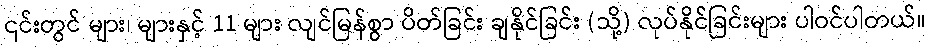
၎င်းတွင် များ၊ များနှင့် 11 များ လျင်မြန်စွာ ပိတ်ခြင်း ချနိုင်ခြင်း (သို့) လုပ်နိုင်ခြင်းများ ပါဝင်ပါတယ်။